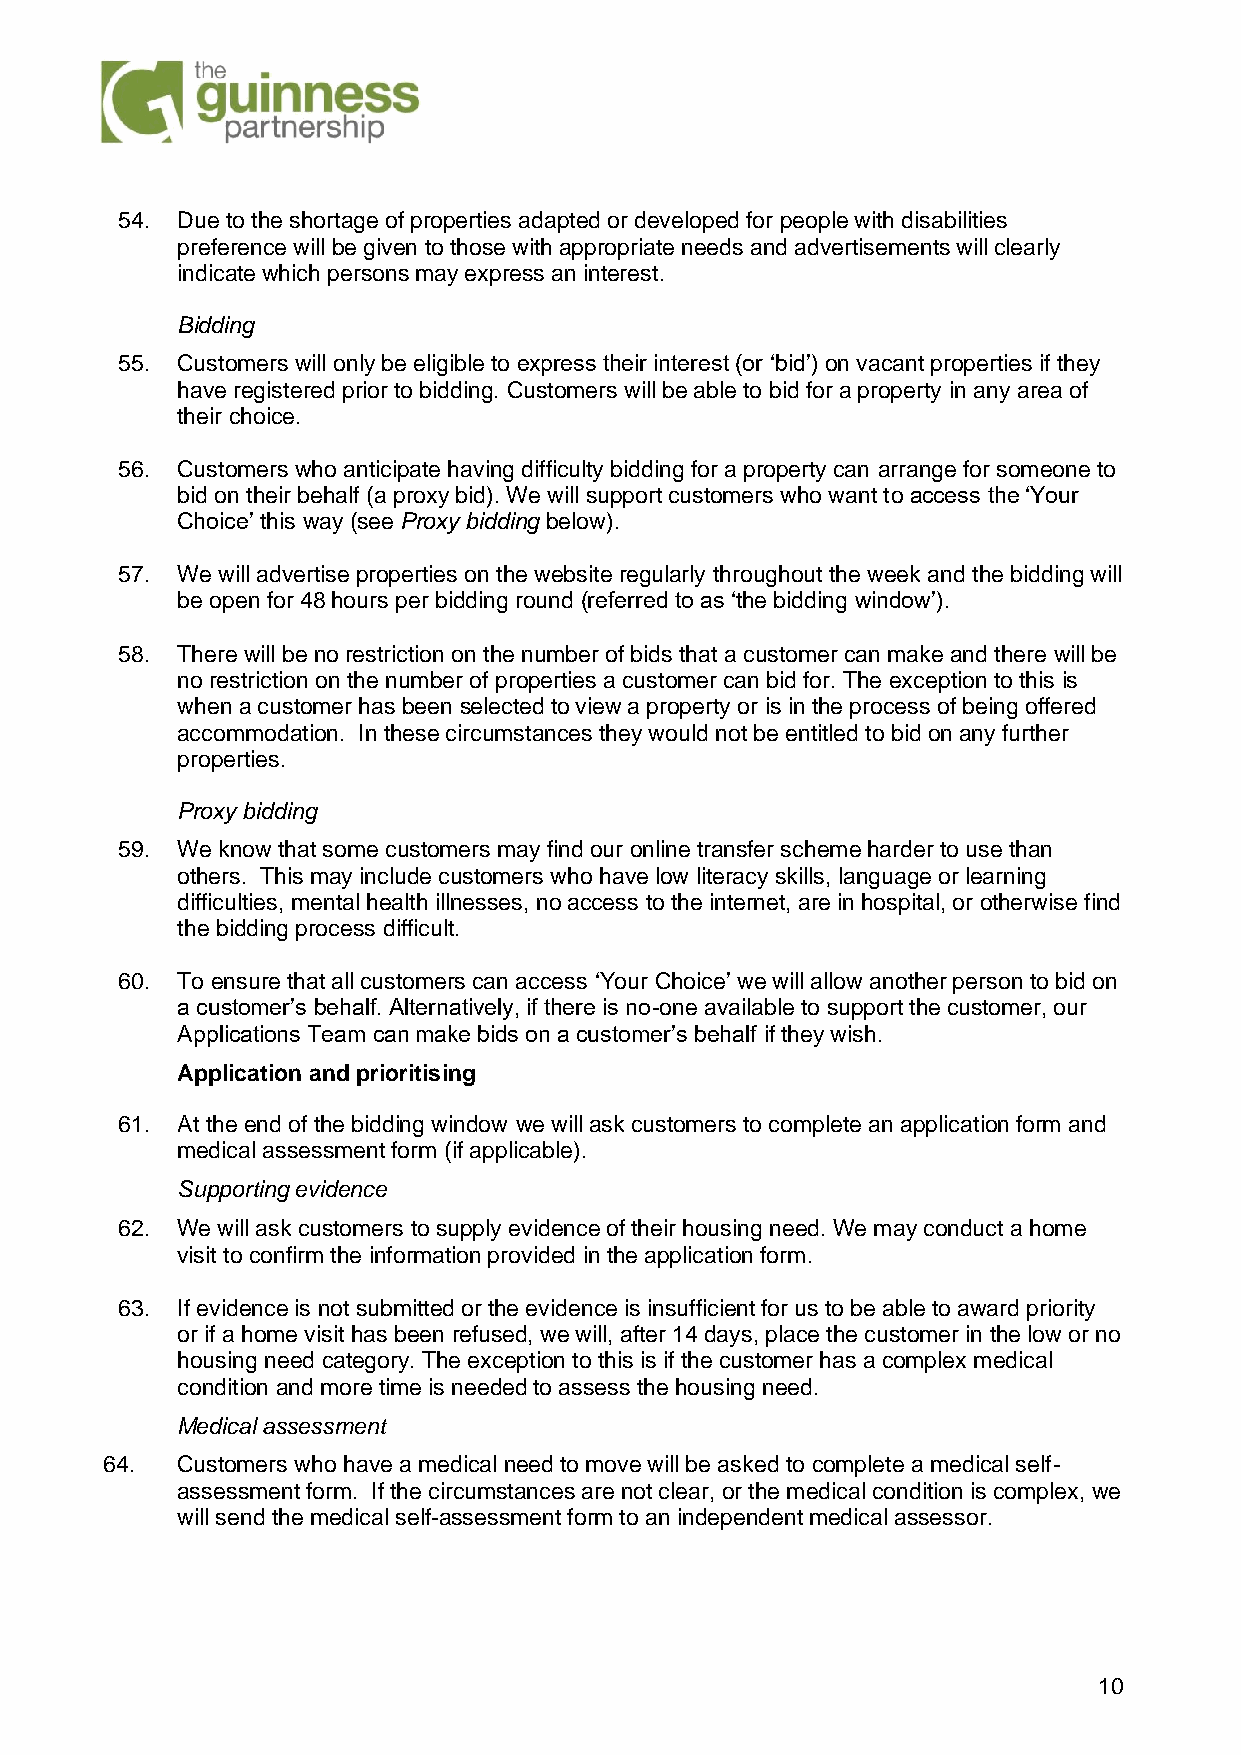
54. Due to the shortage of properties adapted or developed for people with disabilities
 preference will be given to those with appropriate needs and advertisements will clearly
 indicate which persons may express an interest.
 Bidding
 55. Customers will only be eligible to express their interest (or ‘bid’) on vacant properties if they
 have registered prior to bidding. Customers will be able to bid for a property in any area of
 their choice.
 56. Customers who anticipate having difficulty bidding for a property can arrange for someone to
 bid on their behalf (a proxy bid). We will support customers who want to access the ‘Your
 Choice’ this way (see Proxy bidding below).
 57. We will advertise properties on the website regularly throughout the week and the bidding will
 be open for 48 hours per bidding round (referred to as ‘the bidding window’).
 58. There will be no restriction on the number of bids that a customer can make and there will be
 no restriction on the number of properties a customer can bid for. The exception to this is
 when a customer has been selected to view a property or is in the process of being offered
 accommodation. In these circumstances they would not be entitled to bid on any further
 properties.
 Proxy bidding
 59. We know that some customers may find our online transfer scheme harder to use than
 others. This may include customers who have low literacy skills, language or learning
 difficulties, mental health illnesses, no access to the internet, are in hospital, or otherwise find
 the bidding process difficult.
 60. To ensure that all customers can access ‘Your Choice’ we will allow another person to bid on
 a customer’s behalf. Alternatively, if there is no-one available to support the customer, our
 Applications Team can make bids on a customer’s behalf if they wish.
 Application and prioritising
 61. At the end of the bidding window we will ask customers to complete an application form and
 medical assessment form (if applicable).
 Supporting evidence
 62. We will ask customers to supply evidence of their housing need. We may conduct a home
 visit to confirm the information provided in the application form.
 63. If evidence is not submitted or the evidence is insufficient for us to be able to award priority
 or if a home visit has been refused, we will, after 14 days, place the customer in the low or no
 housing need category. The exception to this is if the customer has a complex medical
 condition and more time is needed to assess the housing need.
 Medical assessment
 64.  Customers who have a medical need to move will be asked to complete a medical self-
 assessment form. If the circumstances are not clear, or the medical condition is complex, we
 will send the medical self-assessment form to an independent medical assessor.
 10